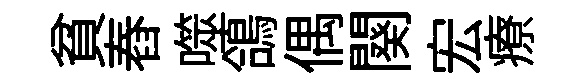
貧舂噬鴿偶闋宏療